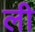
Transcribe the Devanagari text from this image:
ली